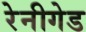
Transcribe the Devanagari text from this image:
रेनीगेड